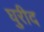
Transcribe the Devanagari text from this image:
घुरीद